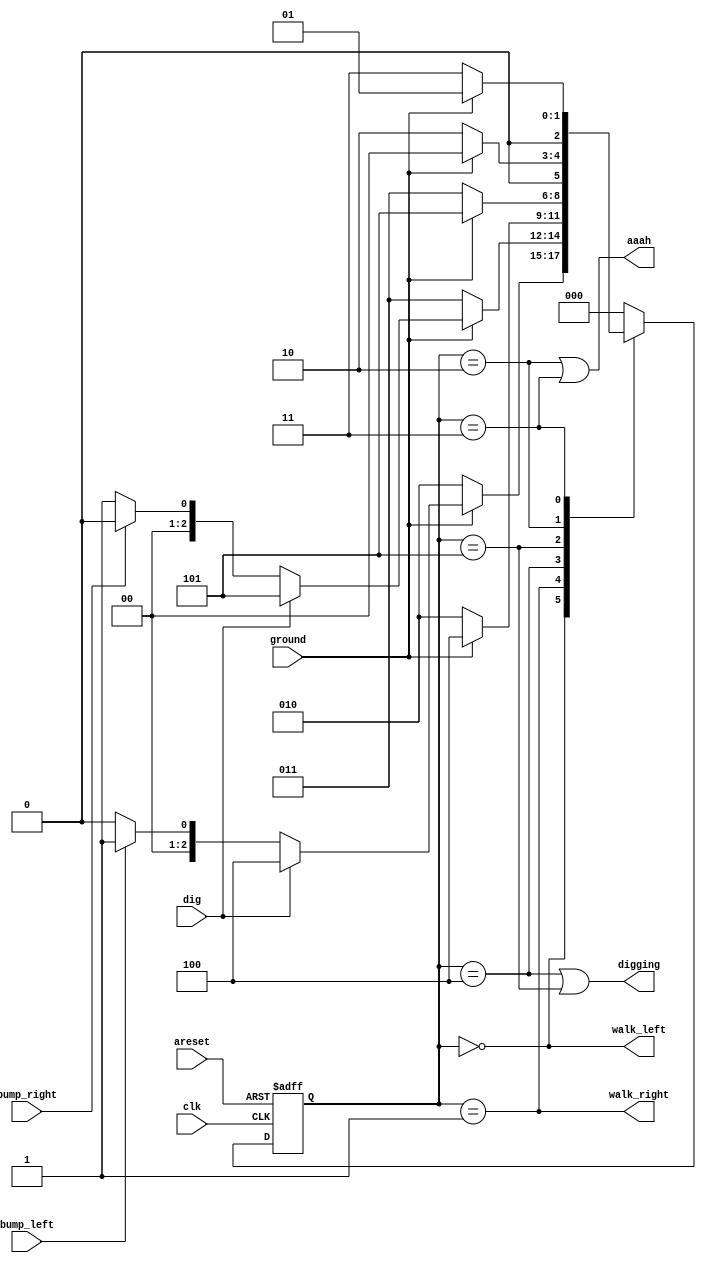
module top_module(
    input clk,
    input areset,    // Freshly brainwashed Lemmings walk left.
    input bump_left,
    input bump_right,
    input ground,
    input dig,
    output walk_left,
    output walk_right,
    output aaah,
    output digging );

    parameter LEFT=3'b000, RIGHT=3'b001, down_l=3'b010, down_r=3'b011, DIG_L=3'b100, DIG_R=3'b101;
    reg [2:0] state, next_state;

    always @(*) begin
        case(state)
            LEFT: next_state = ground ? (dig ? DIG_L : (bump_left ? RIGHT : LEFT)) : down_l;
            RIGHT: next_state = ground ? (dig ? DIG_R : (bump_right ? LEFT : RIGHT)) : down_r;
            DIG_L : next_state = ground ? DIG_L : down_l;
            DIG_R : next_state = ground ? DIG_R : down_r;
            down_l: next_state = ground ? LEFT : down_l;
            down_r: next_state = ground ? RIGHT : down_r;
            default: next_state = LEFT;
        endcase
    end

    always @(posedge clk, posedge areset) begin
        if (areset) state <= LEFT;
        else state <= next_state;
    end

    // Output logic
    assign walk_left = (state == LEFT);
    assign walk_right = (state == RIGHT);
    assign aaah = (state == down_l | state == down_r);
    assign digging = (state == DIG_L | state == DIG_R);

endmodule